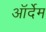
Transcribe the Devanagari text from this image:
ऑर्देम